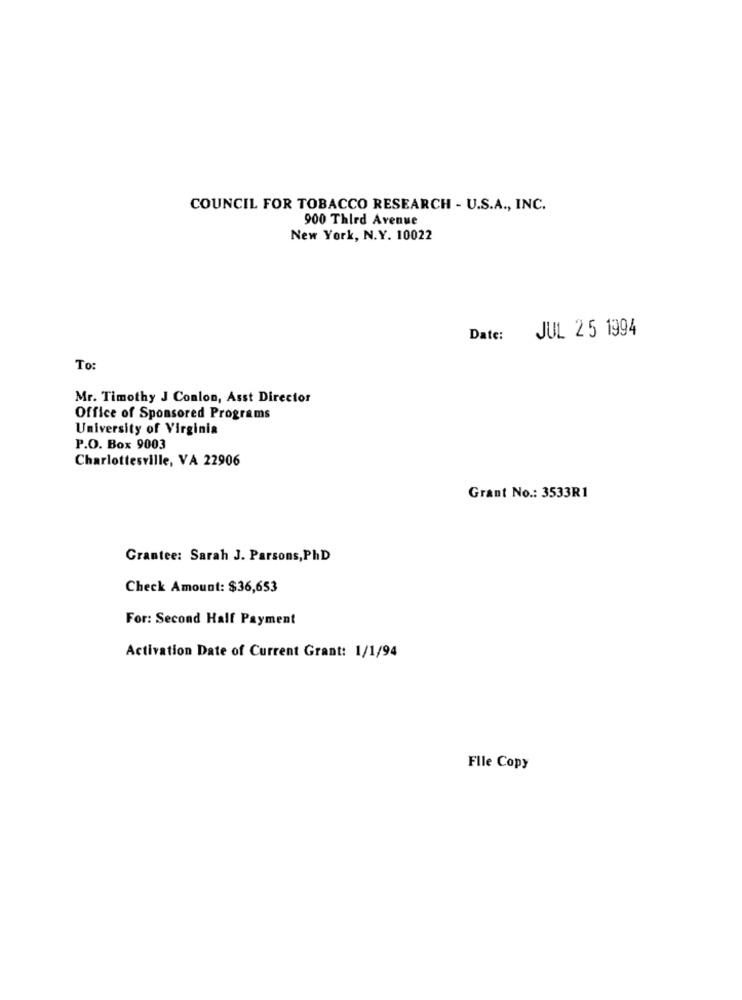
COUNCIL FOR TOBACCO RESEARCH - U.S.A ., INC.
900 Third Avenue
New York, N.Y. 10022
JUL 25 1994
Date:
To
Mr. Timothy J Conlon, Asst Director
Office of Sponsored Programs
University of Virginia
P.O. Box 9003
Charlottesville, VA 22906
Grant No .: 3533R1
Grantee: Sarah J. Parsons, PhD
Check Amount: $36,653
For: Second Half Payment
Activation Date of Current Grant: 1/1/94
File Copy